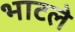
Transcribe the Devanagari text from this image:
भाटले